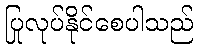
ပြုလုပ်နိုင်စေပါသည်